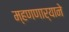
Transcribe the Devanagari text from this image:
म्हणणार्‍याने